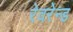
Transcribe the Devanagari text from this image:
रेवरेन्ड